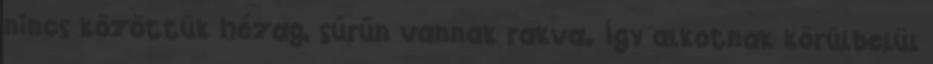
nincs közöttük hézag, sűrűn vannak rakva. Így alkotnak körülbelül